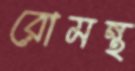
রোমন্থ